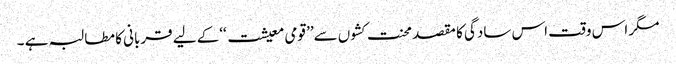
مگر اس وقت اس سادگی کا مقصد محنت کشوں سے’’ قومی معیشت ‘‘کے لیے قربانی کا مطالبہ ہے ۔